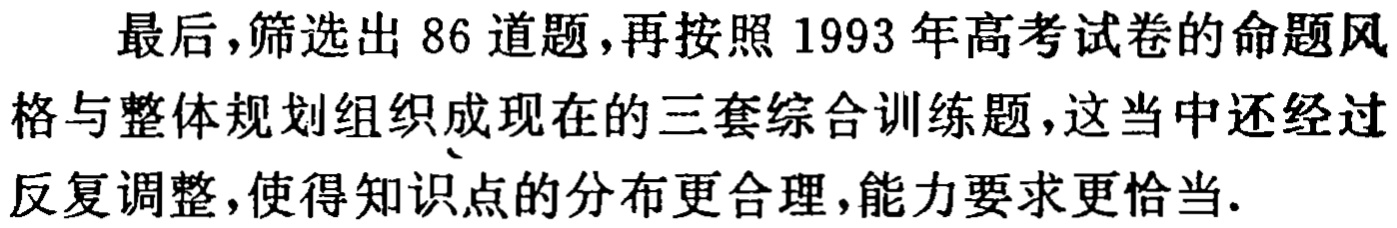
最后，筛选出 86 道题，再按照 1993 年高考试卷的命题风格与整体规划组织成现在的三套综合训练题，这当中还经过反复调整，使得知识点的分布更合理，能力要求更恰当.